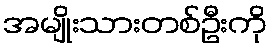
အမျိုးသားတစ်ဦးကို